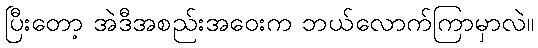
ပြီးတော့ အဲဒီအစည်းအဝေးက ဘယ်လောက်ကြာမှာလဲ။